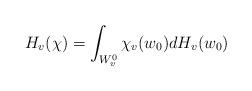
LaTeX: \begin{align*}H_v(\chi)=\int_{W_v^0}\chi_v(w_0)dH_v(w_0)\end{align*}